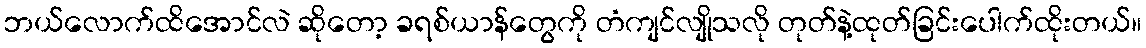
ဘယ်လောက်ထိအောင်လဲ ဆိုတော့ ခရစ်ယာန်တွေကို တံကျင်လျိုသလို တုတ်နဲ့ထုတ်ခြင်းပေါက်ထိုးတယ်။